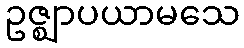
ဥဇ္ဈာပယာမသေ